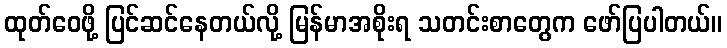
ထုတ်ဝေဖို့ ပြင်ဆင်နေတယ်လို့ မြန်မာအစိုးရ သတင်းစာတွေက ဖော်ပြပါတယ်။